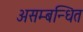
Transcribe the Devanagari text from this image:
असम्बन्धित